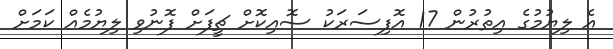
އެ ލިޔުމުގެ އިތުރުން 17 އޮފިސަރަކު ސޮއިކޮށް ޗީފަށް ފޮނުވި ލިޔުމެއް ކަމަށް